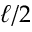
\ell / 2